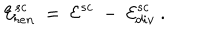
{ \cal E } _ { r e n } ^ { s c } \ = \ { \cal E } ^ { s c } \ - \ { \cal E } _ { d i v } ^ { s c } \ .